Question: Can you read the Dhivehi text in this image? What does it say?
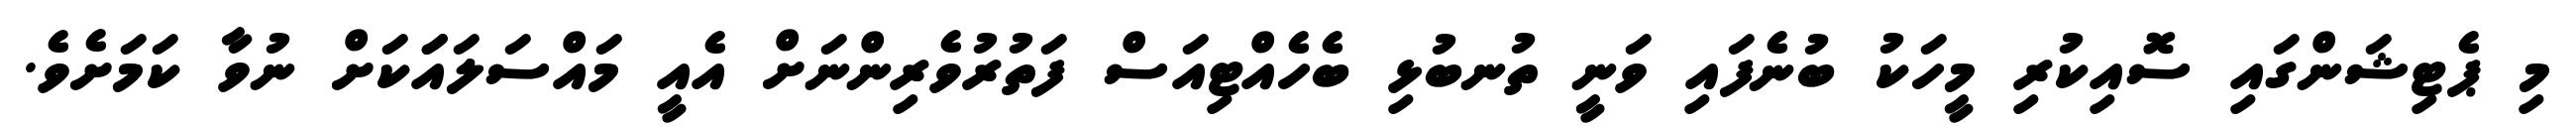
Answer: މި ޕެޓިޝަންގައި ސޮއިކުރި މީހަކު ބުނެފައި ވަނީ ތުނބުޅި ބެހެއްޓިއަސް ފަތުރުވެރިންނަށް އެއީ މައްސަލައަަކަށް ނުވާ ކަމަށެވެ.